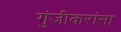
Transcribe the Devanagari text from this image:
गुंजीकरांना